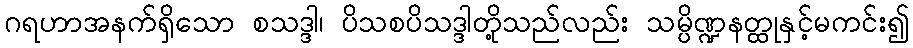
ဂရဟာအနက်ရှိသော စသဒ္ဒါ၊ ပိသစပိသဒ္ဒါတို့သည်လည်း သမ္ပိဏ္ဍနတ္ထုနှင့်မကင်း၍